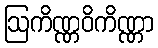
ဩကိဏ္ဏဝိကိဏ္ဏာ